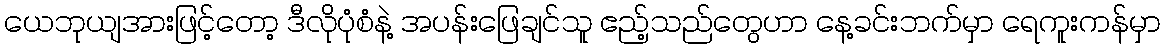
ယေဘုယျအားဖြင့်တော့ ဒီလိုပုံစံနဲ့ အပန်းဖြေချင်သူ ဧည့်သည်တွေဟာ နေ့ခင်းဘက်မှာ ရေကူးကန်မှာ